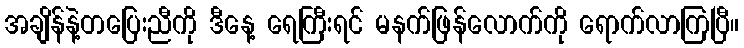
အချိန်နဲ့တပြေးညီကို ဒီနေ့ ရေကြီးရင် မနက်ဖြန်လောက်ကို ရောက်လာကြပြီ။